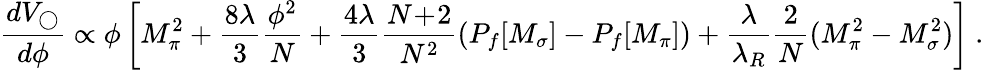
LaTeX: {\frac{dV_{\bigcirc}}{d\phi}}\propto\phi\left[M_{\pi}^{2}+{\frac{8\lambda}{3}}{\frac{\phi^{2}}{N}}+{\frac{4\lambda}{3}}{\frac{N\! +\! 2}{N^{2}}}(P_{f}[M_{\sigma}]-P_{f}[M_{\pi}])+{\frac{\lambda}{\lambda_{R}}}{\frac{2}{N}}(M_{\pi}^{2}-M_{\sigma}^{2})\right]~.